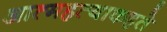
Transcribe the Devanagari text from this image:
आत्महत्याकहते